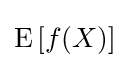
\operatorname {E} \left[f(X)\right]